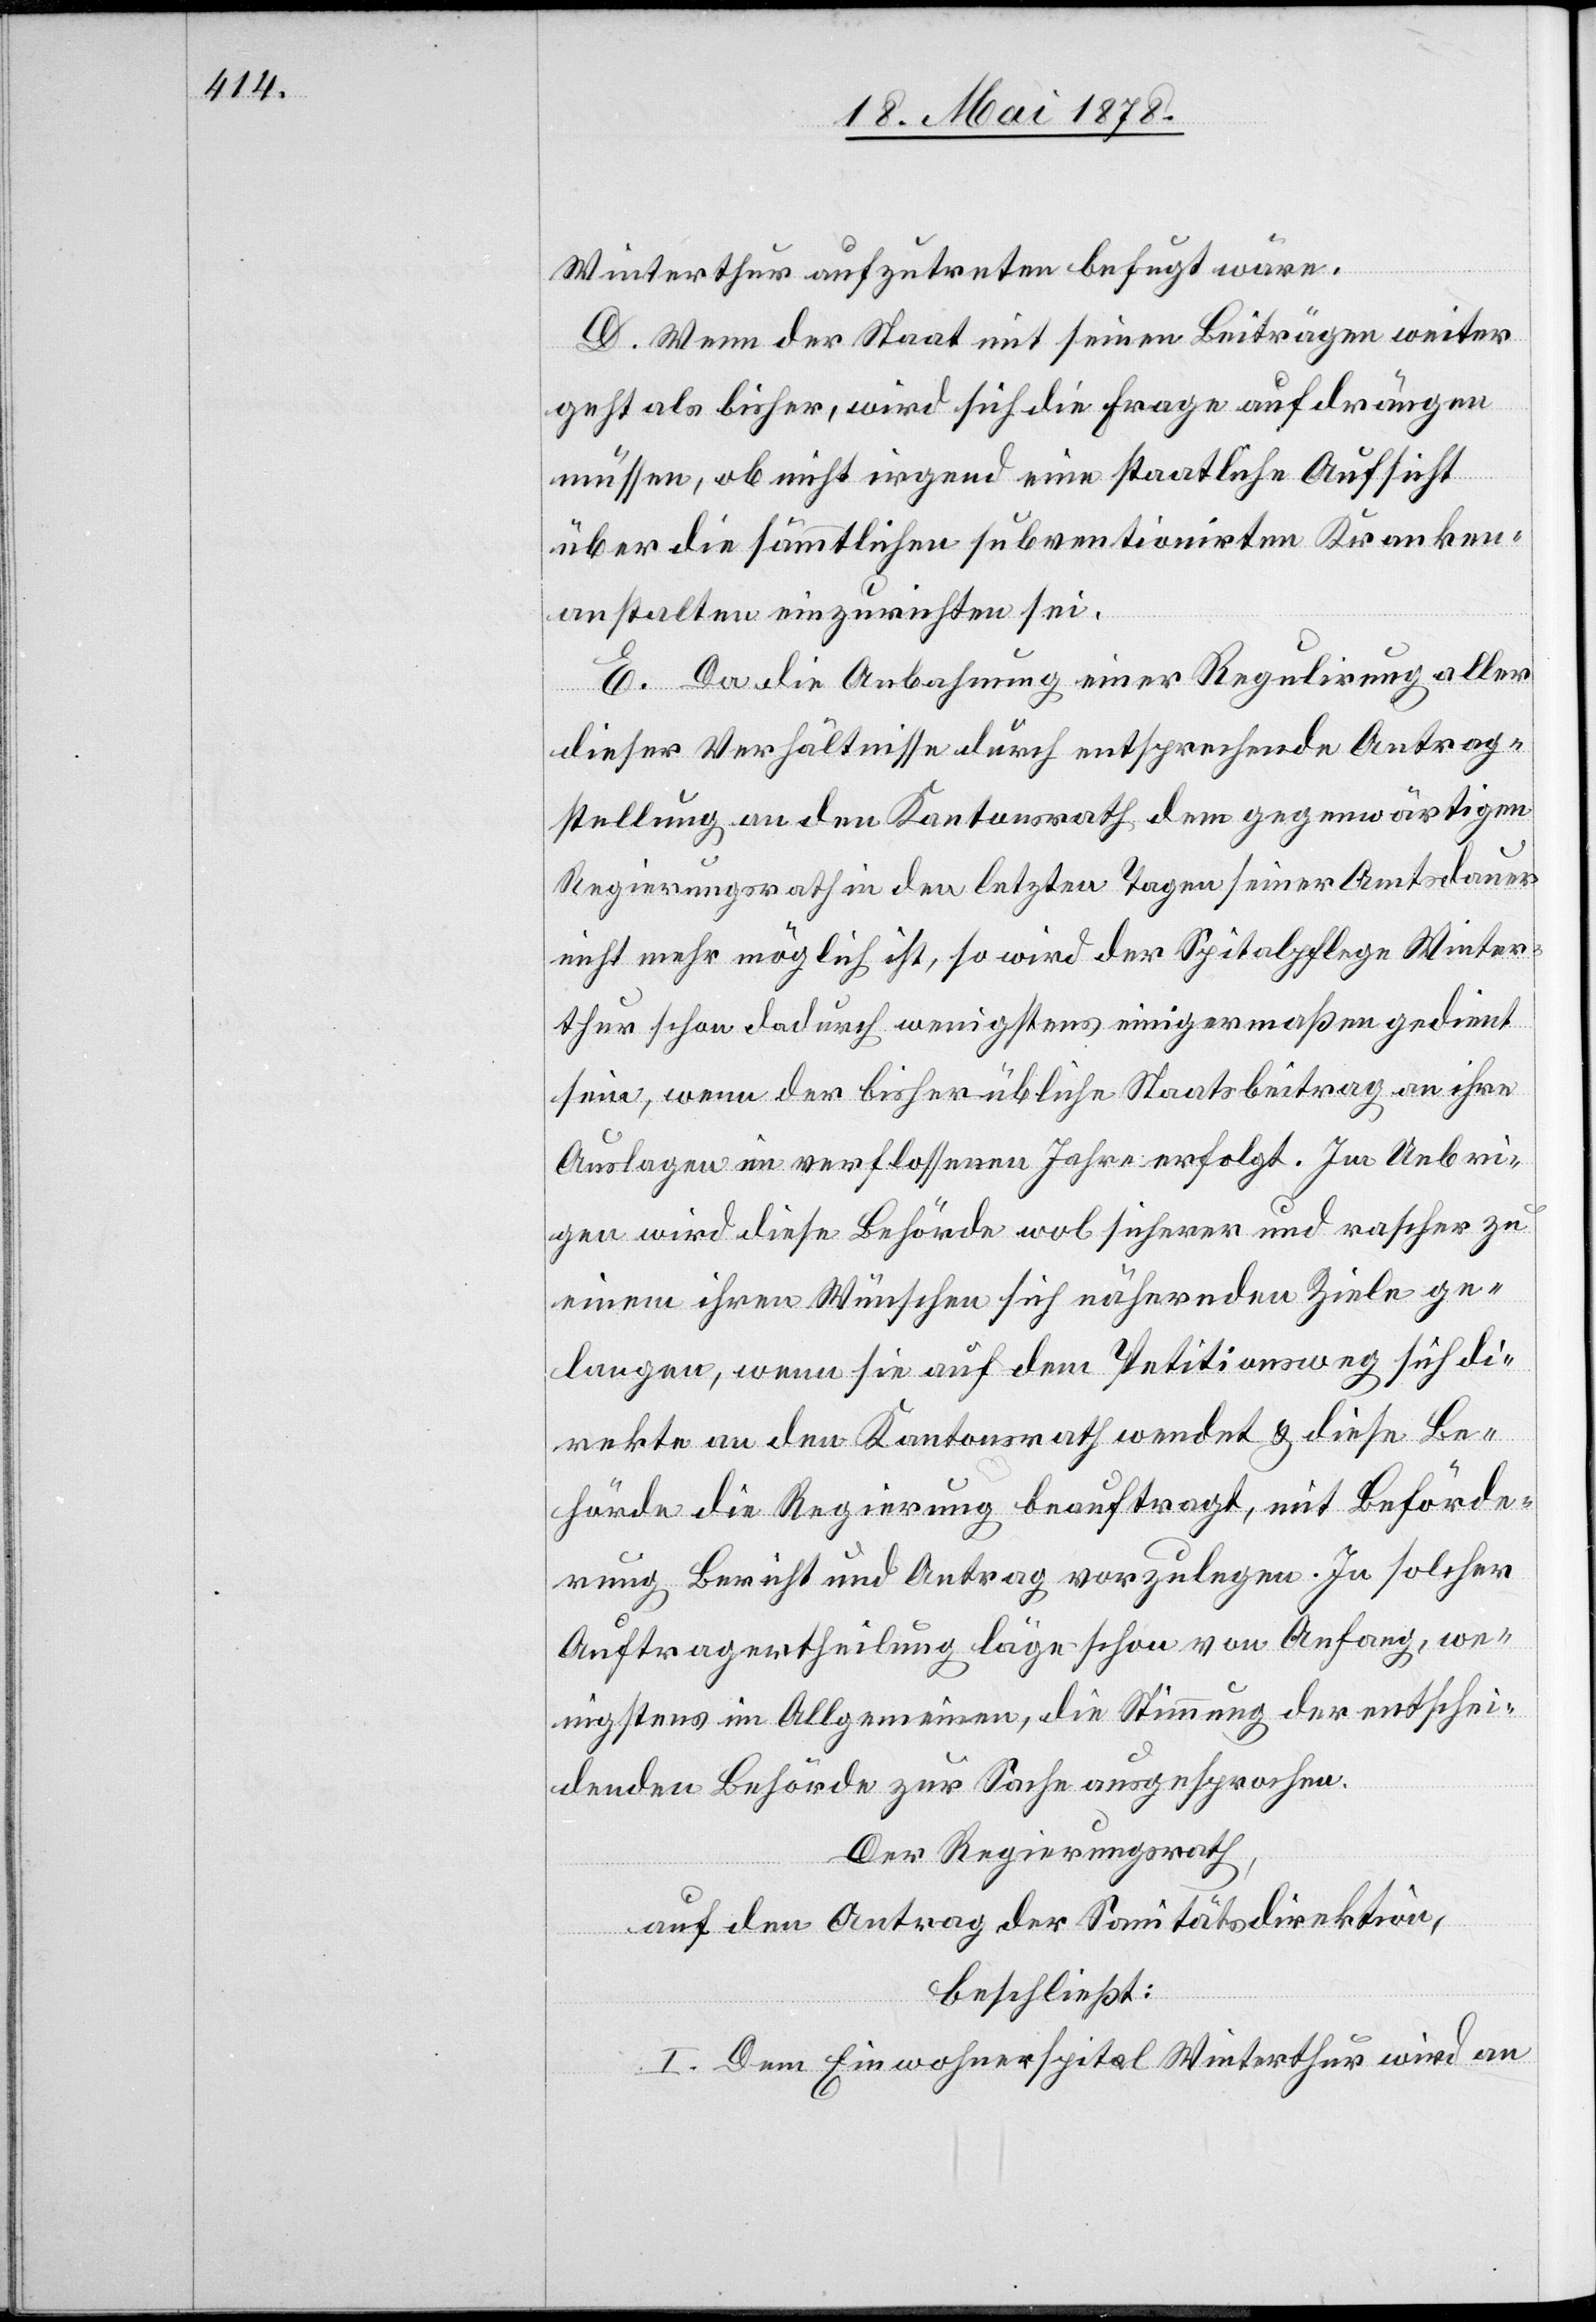
Winterthur aufzutreten befugt wäre.
D. Wenn der Staat mit seinen Beiträgen weiter
geht als bisher, wird sich die Frage aufdrängen
müssen, ob nicht irgend eine staatliche Aufsicht
über die sämmtlichen subventionirten Kranken¬
anstalten einzurichten sei.
E. Da die Anbahnung einer Regulirung aller
dieser Verhältnisse durch entsprechende Antrag¬
stellung an den Kantonsrath dem gegenwärtigen
Regierungsrath in den letzten Tagen seiner Amtsdauer
nicht mehr möglich ist, so wird der Spitalpflege Winter¬
thur schon dadurch wenigstens einigermaßen gedient
sein, wenn der bisher übliche Staatsbeitrag an ihre
Auslagen im verflossenen Jahre erfolgt. Im Uebri¬
gen wird diese Behörde wol sicherer und rascher zu
einem ihren Wünschen sich nähernden Ziele ge¬
langen, wenn sie auf dem Petitionsweg sich di¬
rekte an den Kantonsrath wendet & diese Be¬
hörde die Regierung beauftragt, mit Beförde¬
rung Bericht und Antrag vorzulegen. In solcher
Auftragsertheilung läge schon von Anfang, we¬
nigstens im Allgemeinen, die Stimmung der entschei¬
denden Behörde zur Sache ausgesprochen.
Der Regierungsrath,
auf den Antrag der Sanitätsdirektion,
beschließt:
I. Dem Einwohnerspital Winterthur wird an